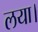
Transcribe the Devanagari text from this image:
लया।